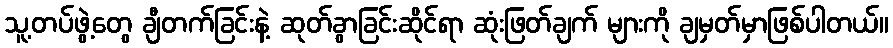
သူ့တပ်ဖွဲ့တွေ ချီတက်ခြင်းနဲ့ ဆုတ်ခွာခြင်းဆိုင်ရာ ဆုံးဖြတ်ချက် များကို ချမှတ်မှာဖြစ်ပါတယ်။